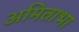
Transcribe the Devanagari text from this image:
अमिताभा